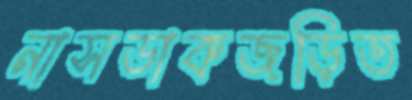
নাসডাকজড়িত